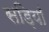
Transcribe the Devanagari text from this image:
सड़ियाँ